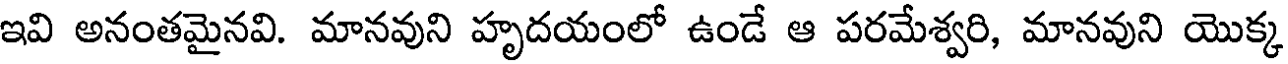
ఇవి అనంతమైనవి. మానవుని హృదయంలో ఉండే ఆ పరమేశ్వరి, మానవుని యొక్క